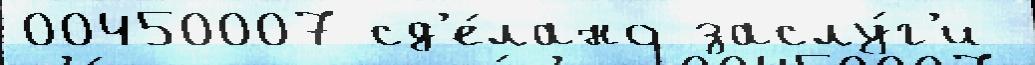
00450007 сд'е́лано заслу́г'и